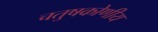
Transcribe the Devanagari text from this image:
चतुषकोणीय